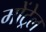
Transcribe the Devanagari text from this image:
मोंट्रेल